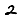
Digit: 2